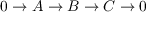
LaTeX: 0 \to A \to B \to C \to 0